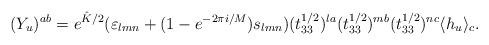
LaTeX: \begin{align*}(Y_{u})^{ab}=e^{\hat{K}/2}(\varepsilon_{lmn}+(1-e^{-2\pi i/M})s_{lmn})(t_{33}^{1/2})^{la}(t_{33}^{1/2})^{mb}(t_{33}^{1/2})^{nc}\langle h_{u}\rangle_{c}.\end{align*}